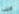
قريب